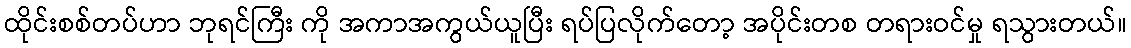
ထိုင်းစစ်တပ်ဟာ ဘုရင်ကြီး ကို အကာအကွယ်ယူပြီး ရပ်ပြလိုက်တော့ အပိုင်းတစ တရားဝင်မှု ရသွားတယ်။